Document type: Testament
Year: 1300
Scribe: Bonanat d'Esparreguera
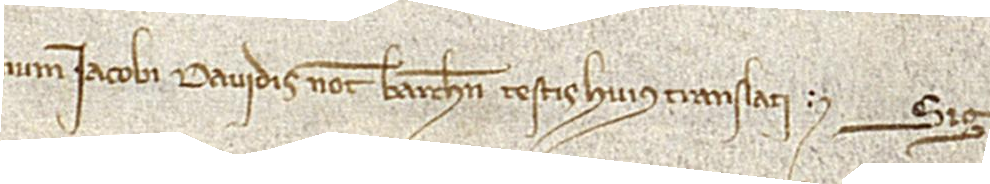
num Iacobi Davidis, notarii Barchinone, testis huius translati. Sig